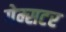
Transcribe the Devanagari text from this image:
गेम्सटर